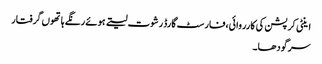
اینٹی کرپشن کی کارروائی،فارسٹ گارڈ رشوت لیتے ہوئے رنگے ہاتھوں گرفتار
سرگودھا۔